Report of the Indian Hemp Drugs Commission, 1894-1895 - Volume I
Year: 1894
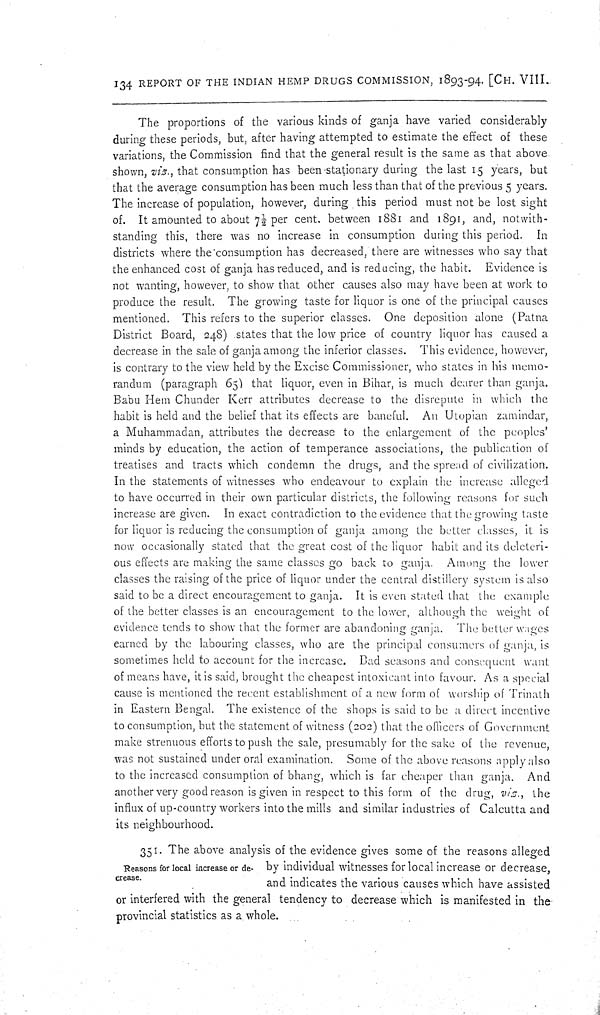
134 REPORT OF THE INDIAN HEMP DRUGS COMMISSION, 1893-94. [CH. VIII.
The proportions of the various kinds of ganja have varied considerably
during these periods, but, after having attempted to estimate the effect of these
variations, the Commission find that the general result is the same as that above.
shown, viz., that consumption has been stationary during the last 15 years, but
that the average consumption has been much less than that of the previous 5 years.
The increase of population, however, during this period must not be lost sight
of. It amounted to about 71/2 per cent. between 1881 and 1891, and, notwith-
standing this, there was no increase in consumption during this period. In
districts where the consumption has decreased, there are witnesses who say that
the enhanced cost of ganja has reduced, and is reducing, the habit. Evidence is
not wanting, however, to show that other causes also may have been at work to
produce the result. The growing taste for liquor is one of the principal causes
mentioned. This refers to the superior classes. One deposition alone (Patna
District Board, 248) states that the low price of country liquor has caused a
decrease in the sale of ganja among the inferior classes. This evidence, however,
is contrary to the view held by the Excise Commissioner, who states in his memo-
randum (paragraph 65) that liquor, even in Bihar, is much dearer than ganja.
Babu Hem Chunder Kerr attributes decrease to the disrepute in which the
habit is held and the belief that its effects are baneful. An Utopian zamindar,
a Muhammadan, attributes the decrease to the enlargement of the peoples'
minds by education, the action of temperance associations, the publication of
treatises and tracts which condemn the drugs, and the spread of civilization.
In the statements of witnesses who endeavour to explain the increase alleged
to have occurred in their own particular districts, the following reasons for such
increase are given. In exact contradiction to the evidence that the growing taste
for liquor is reducing the consumption of ganja among the better classes, it is
now occasionally stated that the great cost of the liquor habit and its deleteri-
ous effects are making the same classes go back to ganja. Among the lower
classes the raising of the price of liquor under the central distillery system is also
said to be a direct encouragement to ganja. It is even stated that the example
of the better classes is an encouragement to the lower, although the weight of
evidence tends to show that the former are abandoning ganja. The better wages
earned by the labouring classes, who are the principal consumers of ganja, is
sometimes held to account for the increase. Bad seasons and consequent want
of means have, it is said, brought the cheapest intoxicant into favour. As a special
cause is mentioned the recent establishment of a new form of worship of Trinath
in Eastern Bengal. The existence of the shops is said to be a direct incentive
to consumption, but the statement of witness (202) that the officers of Government
make strenuous efforts to push the sale, presumably for the sake of the revenue,
was not sustained under oral examination. Some of the above reasons apply also
to the increased consumption of bhang, which is far cheaper than ganja. And
another very good reason is given in respect to this form of the drug, viz., the
influx of up-country workers into the mills and similar industries of Calcutta and
its neighbourhood.
Reasons for local increase or de-
crease.
351. The above analysis of the evidence gives some of the reasons alleged
by individual witnesses for local increase or decrease,
and indicates the various causes which have assisted
or interfered with the general tendency to decrease which is manifested in the
provincial statistics as a whole.